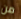
من